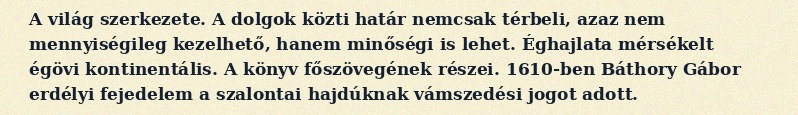
A világ szerkezete. A dolgok közti határ nemcsak térbeli, azaz nem mennyiségileg kezelhető, hanem minőségi is lehet. Éghajlata mérsékelt égövi kontinentális. A könyv főszövegének részei. 1610-ben Báthory Gábor erdélyi fejedelem a szalontai hajdúknak vámszedési jogot adott.